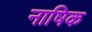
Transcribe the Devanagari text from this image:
नाषिक